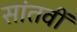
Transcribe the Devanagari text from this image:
सांतवीं